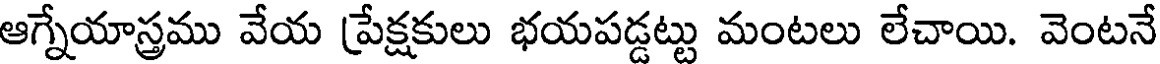
ఆగ్నేయాస్త్రము వేయ ప్రేక్షకులు భయపడ్డట్టు మంటలు లేచాయి. వెంటనే